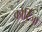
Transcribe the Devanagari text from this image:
कोरिजा